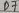
Text: D7